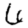
Digit: 6